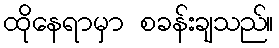
ထိုနေရာမှာ စခန်းချသည်။